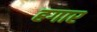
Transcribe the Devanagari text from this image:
हगार